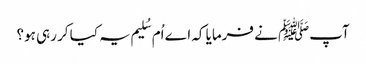
آپﷺ نے فرمایا کہ اے اُم سُلیم یہ کیا کر رہی ہو؟